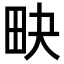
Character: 𤰮